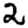
Digit: 2